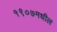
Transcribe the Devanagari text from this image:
१९०७मधील